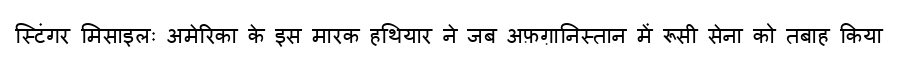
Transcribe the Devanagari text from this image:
स्टिंगर मिसाइलः अमेरिका के इस मारक हथियार ने जब अफ़ग़ानिस्तान में रूसी सेना को तबाह किया